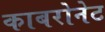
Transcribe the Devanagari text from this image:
काबरोनेट